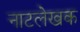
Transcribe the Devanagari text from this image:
नाटलेखक